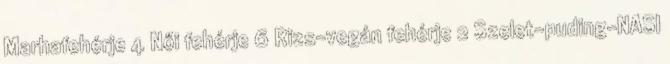
Marhafehérje 4 Női fehérje 6 Rizs-vegán fehérje 2 Szelet-puding-NASI